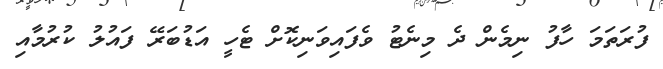
ފުރަތަމަ ހާފު ނިމެން ދެ މިނެޓު ވެފައިވަނިކޮށް ޓެހީ އަޑުބަރޭ ފައުލު ކުރުމާއި